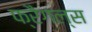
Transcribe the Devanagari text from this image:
फ्रैगल्स